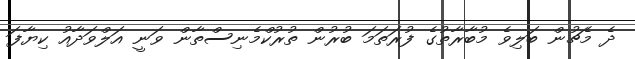
ދެ މެޗުން ބަލިވެ މުބާރާތުގެ ފުރަތަމަ ބުރުން ތުރުކްމެނިސްތާން ވަނީ އަލްވަދާއު ކިޔާފަ